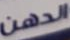
الدهن